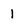
Character: 1